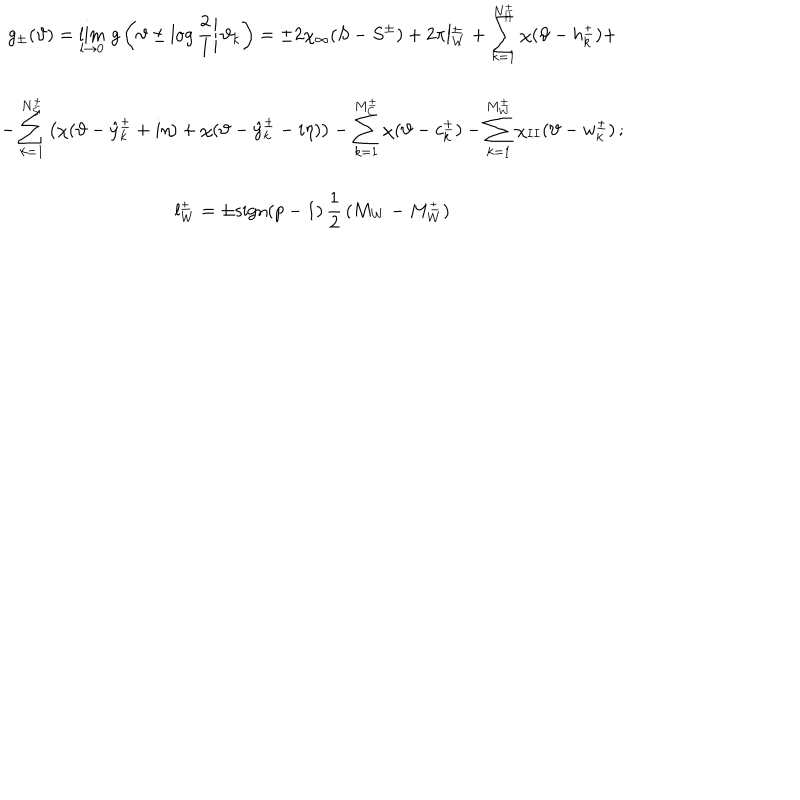
\begin{array} { c } { { \displaystyle g _ { \pm } ( \vartheta ) = \lim _ { l \rightarrow 0 } \, g \left( \left. \vartheta \pm \log \displaystyle \frac { 2 } { l } \right| \vartheta _ { k } \right) = \pm 2 \chi _ { \infty } ( S - S ^ { \pm } ) + 2 \pi l _ { W } ^ { \pm } + \displaystyle \sum _ { k = 1 } ^ { N _ { H } ^ { \pm } } \chi ( \vartheta - h _ { k } ^ { \pm } ) + } } \\ { { - \displaystyle \sum _ { k = 1 } ^ { N _ { S } ^ { \pm } } \left( \chi ( \vartheta - \hat { y } _ { k } ^ { \pm } + i \eta ) + \chi ( \vartheta - \hat { y } _ { k } ^ { \pm } - i \eta ) \right) - \displaystyle \sum _ { k = 1 } ^ { M _ { C } ^ { \pm } } \chi ( \vartheta - c _ { k } ^ { \pm } ) - \displaystyle \sum _ { k = 1 } ^ { M _ { W } ^ { \pm } } \chi _ { I I } ( \vartheta - w _ { k } ^ { \pm } ) \, ; } } \\ { { l _ { W } ^ { \pm } = \pm \textrm { s i g n } ( p - 1 ) \, \displaystyle \frac { 1 } { 2 } \, ( M _ { W } - M _ { W } ^ { \pm } ) } } \\ \end{array}